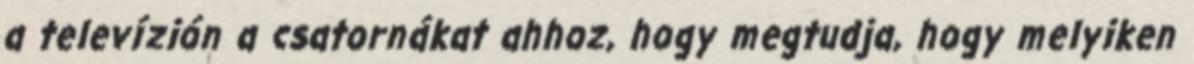
a televízión a csatornákat ahhoz, hogy megtudja, hogy melyiken